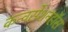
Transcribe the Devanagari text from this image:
कन्वर्सेशनहॉस